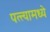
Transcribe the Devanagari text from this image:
पत्त्यामध्ये